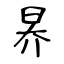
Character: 昦